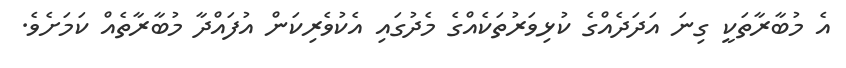
އެ މުބާރާތަކީ ގިނަ އަދަދެއްގެ ކުޅިވަރުތަކެއްގެ މެދުގައި އެކުވެރިކަން އުފައްދާ މުބާރާތެއް ކަމަށެވެ.